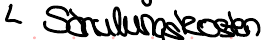
Schulungskosten